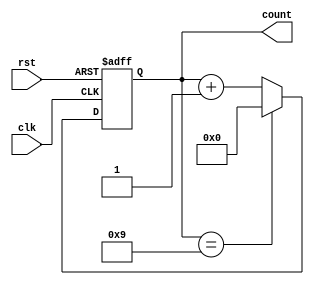
module decade_counter (
  input clk,
  input rst,
  output reg [3:0] count
);

always @ (posedge clk or posedge rst)
begin
  if (rst)
    count <= 4'b0000; // reset the counter to 0
  else if (count == 4'b1001) // check if count is 9
    count <= 4'b0000; // reset back to 0
  else
    count <= count + 1; // increment count by 1
end

endmodule